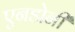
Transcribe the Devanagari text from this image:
एनडोनी